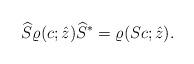
LaTeX: \begin{align*} \widehat{S} \varrho(c; \hat{z}) \widehat{S}^{*} = \varrho(S c; \hat{z}).\end{align*}